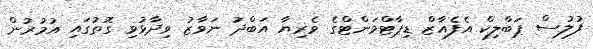
ފުލުސް ޕަބްލިކް އެފެއާޒް ޑިޕާޓްމަންޓްގެ ވެރިޔާ އަބްދު ނަވާޒު ވިދާޅުވި ގޮތުގައި އުމުރުން